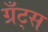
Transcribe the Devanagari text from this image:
ग्रँट्स